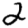
Digit: 2